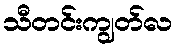
သီတင်းကျွတ်လ